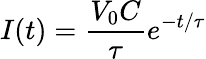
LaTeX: I(t)=\frac{V_{0}C}{\tau}e^{-t/\tau}